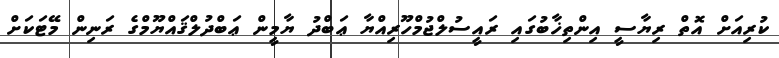
ކުރިއަށް އޮތް ރިޔާސީ އިންތިޚާބުގައި ރައީސުލްޖުމްހޫރިއްޔާ ޢަބްދު ޔާމީން ޢަބްދުލްޤައްޔޫމްގެ ރަނިން މޭޓަކަށް